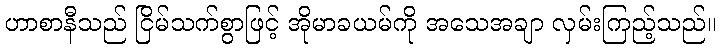
ဟာစာနီသည် ငြိမ်သက်စွာဖြင့် အိုမာခယမ်ကို အသေအချာ လှမ်းကြည့်သည်။